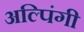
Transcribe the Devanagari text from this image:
अल्पिंगी